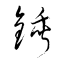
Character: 鍤